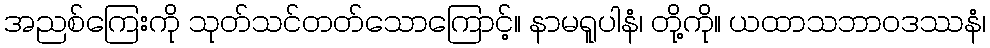
အညစ်ကြေးကို သုတ်သင်တတ်သောကြောင့်။ နာမရူပါနံ၊ တို့ကို။ ယထာသဘာဝဒဿနံ၊